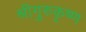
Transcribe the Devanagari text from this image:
श्रीगुरुकृष्ण